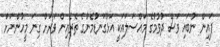
ފައިން ނުބައި ވަސް ދުވުމުގެ މައްސަލައަކީ އަޅުގަނޑުމެންގެ ތެރެއިން ވަރަށް ގިނަ މީހުންނަށް